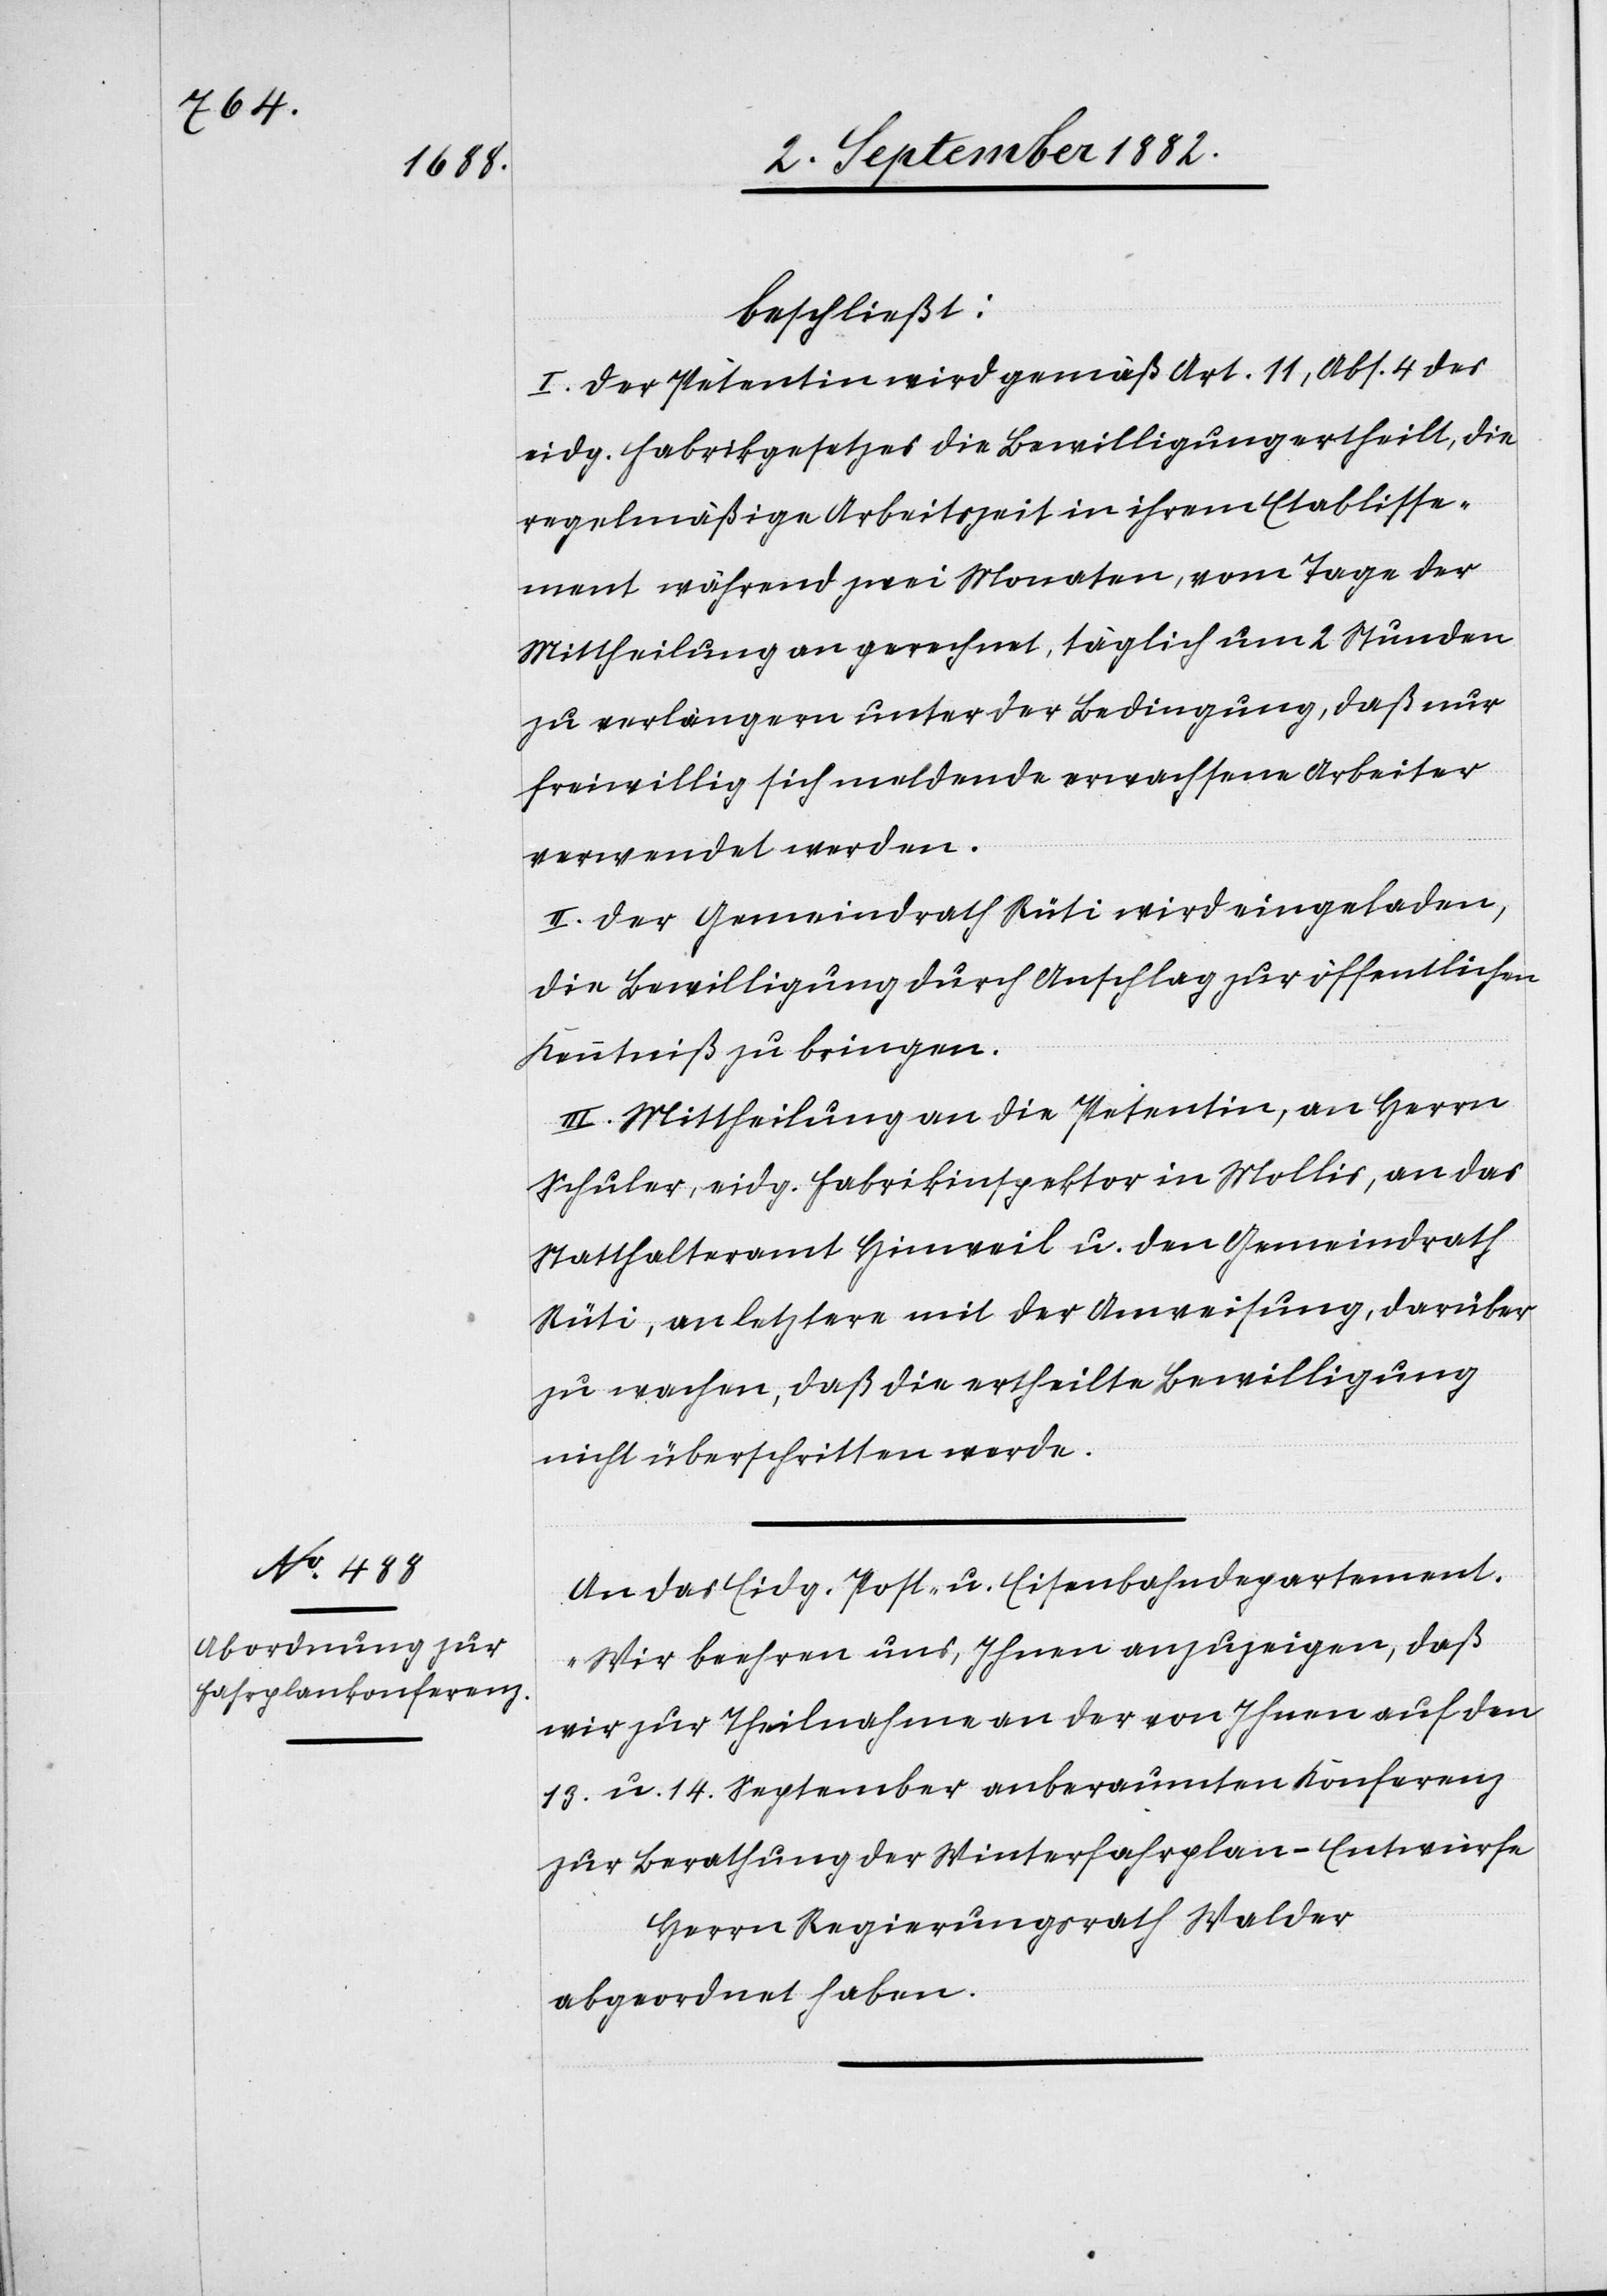
7. September 1882.]
beschließt:
I. Der Petentin wird gemäß Art. 11, Abs. 4 des
eidg. Fabrikgesetzes die Bewilligung ertheilt, die
regelmäßige Arbeitszeit in ihrem Etablisse¬
ment während zwei Monaten, vom Tage der
Mittheilung an gerechnet, täglich um 2 Stunden
zu verlängern unter der Bedingung, daß nur
freiwillig sich meldende erwachsene Arbeiter
verwendet werden.
II. Der Gemeindrath Rüti wird eingeladen,
die Bewilligung durch Anschlag zur öffentlichen
Kenntniß zu bringen.
III. Mittheilung an die Petentin, an Herrn
Schuler, eidg. Fabrikinspektor in Mollis, an das
Statthalteramt Hinweil u. den Gemeindrath
Rüti, an letztere mit der Anweisung, darüber
zu wachen, daß die ertheilte Bewilligung
nicht überschritten werde.
An das Eidg. Post- u. Eisenbahndepartement.
„Wir beehren uns, Ihnen anzuzeigen, daß
wir zur Theilnahme an der von Ihnen auf den
13. u. 14. September anberaumten Konferenz
zur Berathung der Winterfahrplan-Entwürfe
Herrn Regierungsrath Walder
abgeordnet haben.“